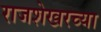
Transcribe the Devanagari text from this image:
राजशेखरच्या